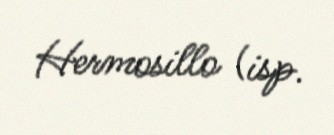
Hermosillo (isp.